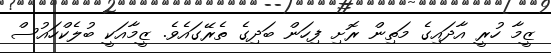
ޒީމާ ހުރީ އާދައިގެ މަތިން ރޮށި ފިހަން ބަދިގެ ތެރޭގައެވެ. ޒީމާއަކީ ބުލެކްހައުސް